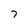
Character: 7